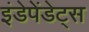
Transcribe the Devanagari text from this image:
इंडेपेंडेट्स